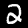
Label: 2